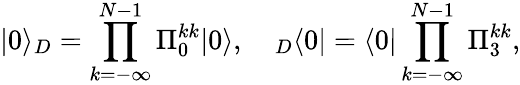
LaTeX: |0\rangle_{D}=\prod_{k=-\infty}^{N-1}\Pi_{0}^{kk}|0\rangle,\quad{}_{D}\langle 0|=\langle 0|\prod_{k=-\infty}^{N-1}\Pi_{3}^{kk},